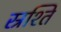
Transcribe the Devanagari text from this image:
स्रश्ति